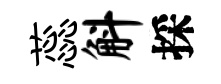
蕊斛採